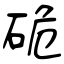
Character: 硊